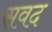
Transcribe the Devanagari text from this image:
सवद